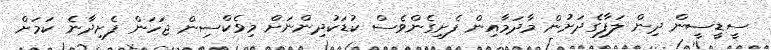
ސީޑީސީން ދިން ލަފާގެދަށުން މާދަމާއިން ފެށިގެންވެސް ކުޑަކުދިންނަށް މިވެކްސިން ޖަހަން ފެށިދާނެ ކަމަށް